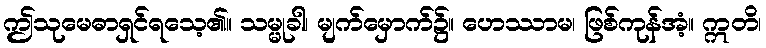
ဤသုမေဓာရှင်ရသေ့၏။ သမ္မုခါ၊ မျက်မှောက်၌။ ဟေဿာမ၊ ဖြစ်ကုန်အံ့။ ဣတိ၊